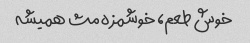
خوش طعم، خوشمزه مث همیشه